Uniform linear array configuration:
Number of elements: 64
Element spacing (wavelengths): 0.75
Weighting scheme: exponential
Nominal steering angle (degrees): -60
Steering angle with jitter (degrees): -59.571
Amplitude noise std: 0.05
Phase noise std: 0.05

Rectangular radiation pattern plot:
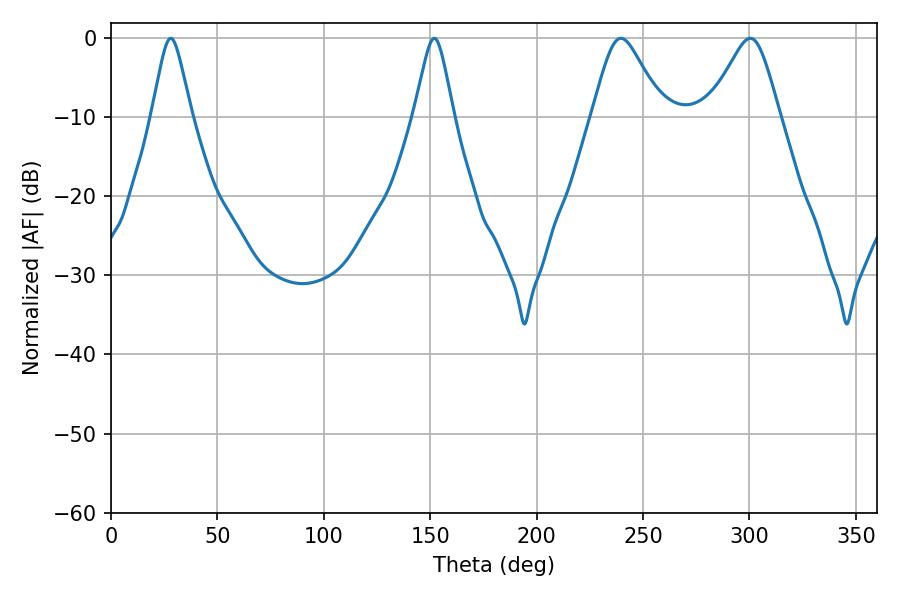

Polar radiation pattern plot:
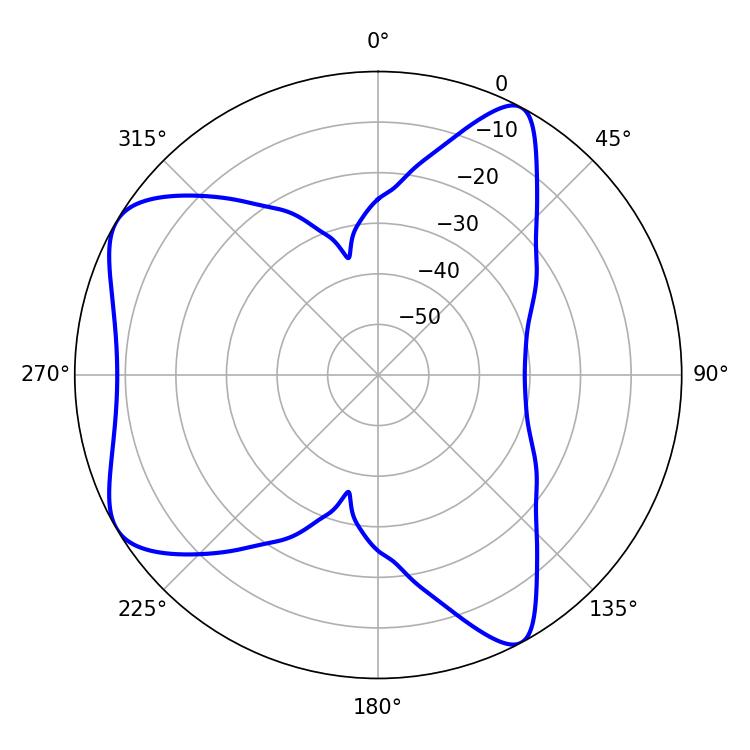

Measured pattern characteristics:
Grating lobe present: TRUE
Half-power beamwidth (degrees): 8.82
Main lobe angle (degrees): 28.08